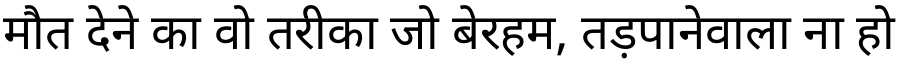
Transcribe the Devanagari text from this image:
मौत देने का वो तरीका जो बेरहम, तड़पानेवाला ना हो